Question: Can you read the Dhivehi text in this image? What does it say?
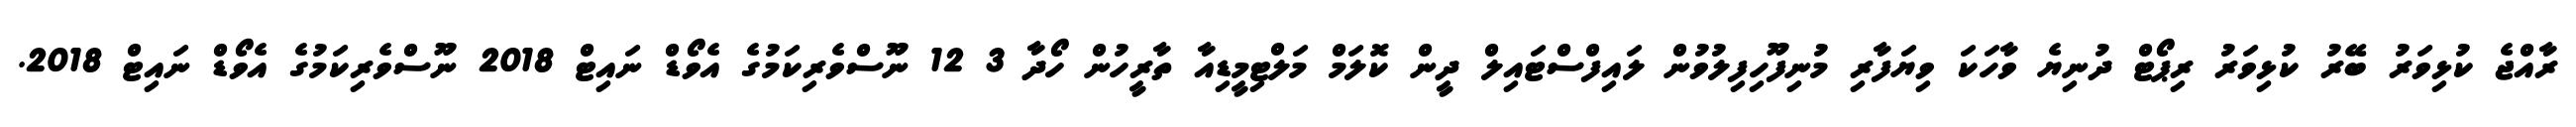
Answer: ރާއްޖެ ކުޅިވަރު ބޭރު ކުޅިވަރު ރިޕޯޓް ދުނިޔެ ވާހަކަ ވިޔަފާރި މުނިފޫހިފިލުވުން ލައިފްސްޓައިލް ދީން ކޮލަމް މަލްޓިމީޑިއާ ތާރީހުން ހޯދާ 3 12 ނޫސްވެރިކަމުގެ އެވޯޑް ނައިޓް 2018 ނޫސްވެރިކަމުގެ އެވޯޑް ނައިޓް 2018.